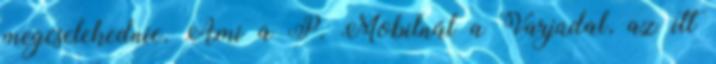
megcselekednie. Ami a P. Mobilnál a Varjúdal, az itt